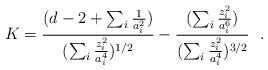
LaTeX: \begin{align*}K={(d-2+\sum_i {1\over a^2_i})\over (\sum_i{z^2_i\over a^4_i})^{1/2}}-{(\sum_i{z^2_i\over a^6_i})\over (\sum_i {z^2_i\over a^4_i})^{3/2}}~~.\end{align*}